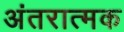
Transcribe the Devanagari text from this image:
अंतरात्मक